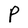
Character: P